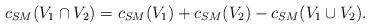
LaTeX: \begin{align*}c_{SM}(V_1 \cap V_2)=c_{SM}(V_1)+c_{SM}(V_2)-c_{SM}(V_1 \cup V_2).\end{align*}